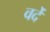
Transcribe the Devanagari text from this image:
वर्देे